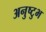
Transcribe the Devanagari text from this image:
अनुष्‍टुभ